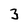
Character: 3